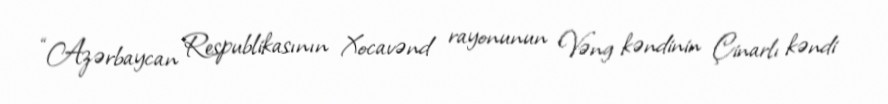
“Azərbaycan Respublikasının Xocavənd rayonunun Vəng kəndinin Çinarlı kəndi